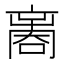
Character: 𠾃